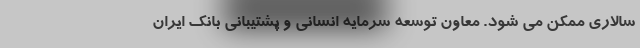
سالاری ممکن می شود. معاون توسعه سرمایه انسانی و پشتیبانی بانک ایران